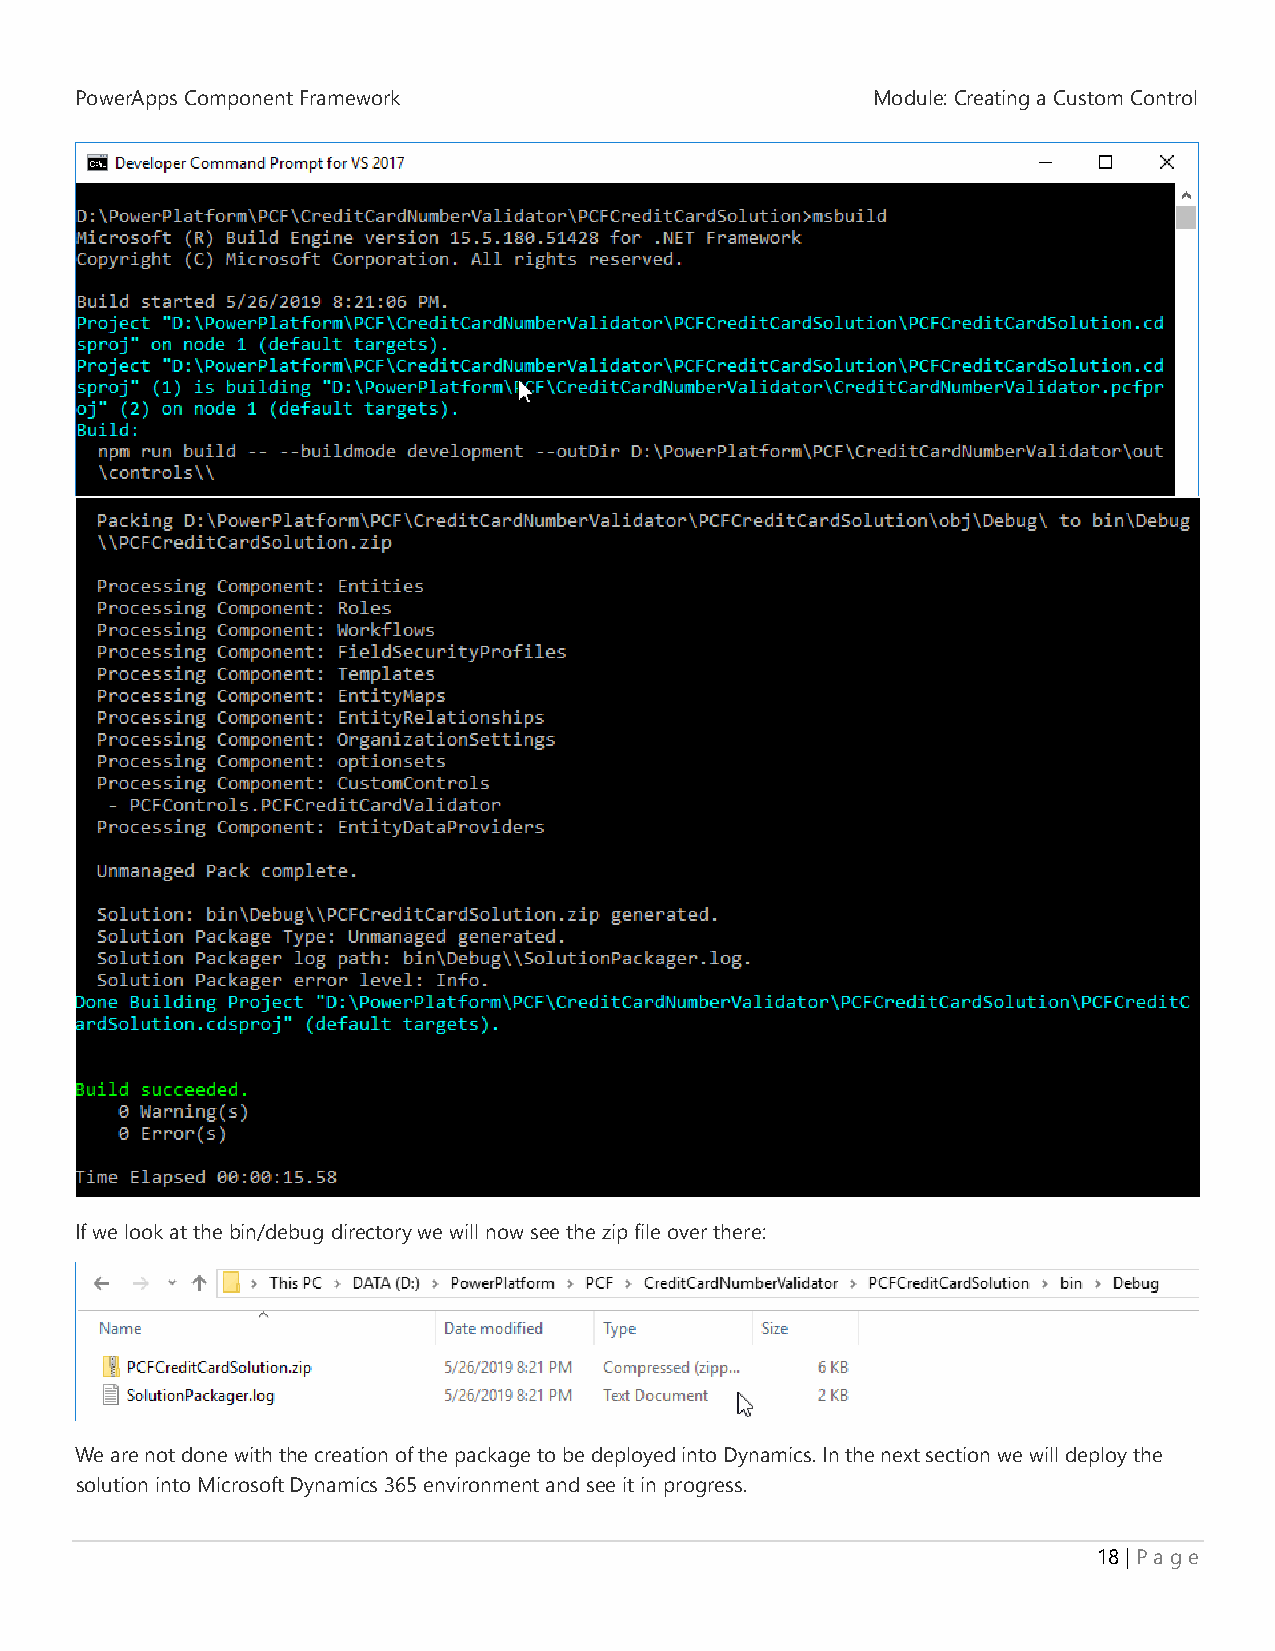
PowerApps Component Framework                        Module: Creating a Custom Control
 If we look at the bin/debug directory we will now see the zip file over there:
 We are not done with the creation of the package to be deployed into Dynamics. In the next section we will deploy the
 solution into Microsoft Dynamics 365 environment and see it in progress.
 18 | P a g e